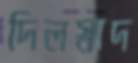
দিলস্বাদ